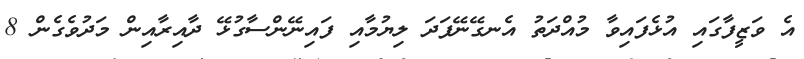
އެ ވަޒީފާގައި އުޅެފައިވާ މުއްދަތު އެނގޭނޭފަދަ ލިޔުމާއި ފައިނޭންސާގުޅޭ ދާއިރާއިން މަދުވެގެން 8